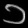
Digit: ၁